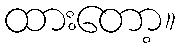
ထားတော့။